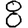
Digit: 8